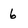
Character: 6